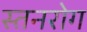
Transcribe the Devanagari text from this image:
स्तनरोग